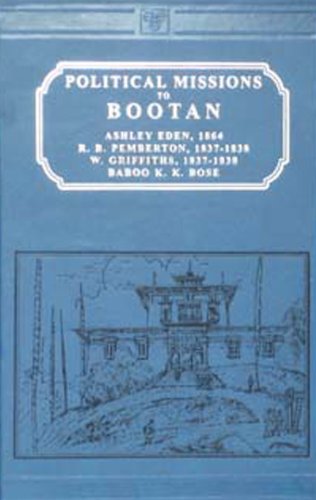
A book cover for Political Missions to Bootan: The Reports of Ashley Eden, Pemberton & Baboo - Bhutan; Eden; Travel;